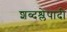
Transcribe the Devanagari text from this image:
शब्दश्लेषादी